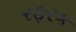
રફરક